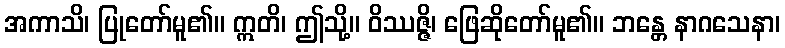
အကာသိ၊ ပြုတော်မူ၏။ ဣတိ၊ ဤသို့။ ဝိဿဇ္ဇိ၊ ဖြေဆိုတော်မူ၏။ ဘန္တေ နာဂသေနာ၊